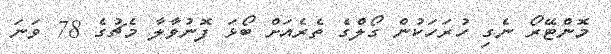
މޮންޓޭރޯ ނެގި ހުރަހަކުން ގޯލްގެ ތެރެއަށް ބޯޅަ ފޮނުވާލާ މެޗުގެ 78 ވަނަ